Sketch of the medical history of the native army of Bombay, for the year
Year: 1875
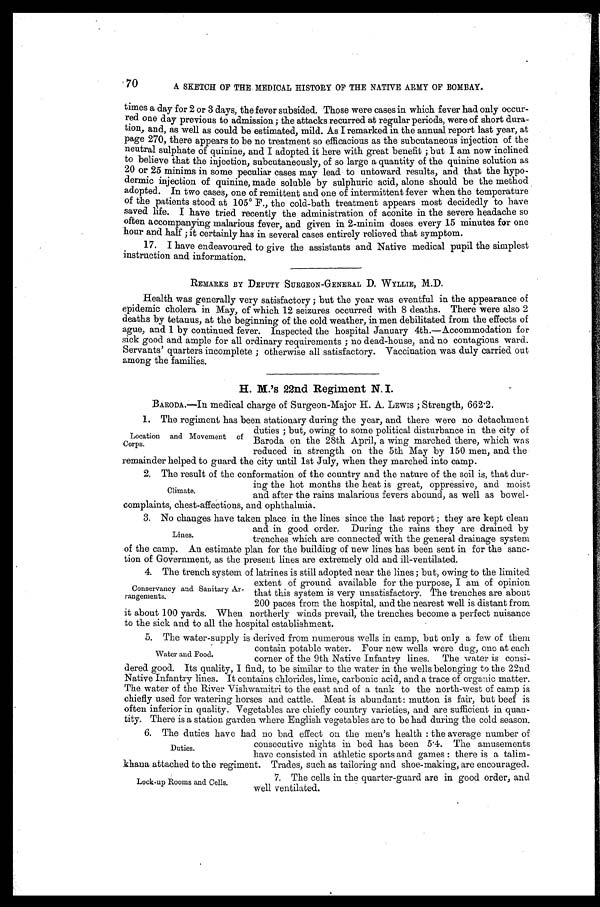
70
A SKETCH OF THE MEDICAL HISTORY OF THE NATIVE ARMY OF BOMBAY.
times a day for 2 or 3 days, the fever subsided. Those were cases in which fever had only occur--
red one day previous to admission; the attacks recurred at regular periods, were of short dura--
tion, and, as well as could be estimated, mild. As I remarked in the annual report last year, at
page 270, there appears to be no treatment so efficacious as the subcutaneous injection of the
neutral sulphate of quinine, and I adopted it here with great benefit; but I am now inclined
to believe that the injection, subcutaneously, of so large a quantity of the quinine solution as
20 or 25 minims in some peculiar cases may lead to untoward results, and that the hypo--
dermic injection of quinine, made soluble by sulphuric acid, alone should be the method
adopted. In two cases, one of remittent and one of intermittent fever when the temperature
of the patients stood at 105 0 F., the cold-bath treatment appears most decidedly to have
saved life. I have tried recently the administration of aconite in the severe headache so
often accompanying malarious fever, and given in 2-minim doses every 15 minutes for one
hour and half; it certainly has in several cases entirely relieved that symptom.
17. I have endeavoured to give the assistants and Native medical pupil the simplest
instruction and information.
REMARKS BY DEPUTY SURGEON-GENERAL D. WYLLIE, M.D.
Health was generally very satisfactory; but the year was eventful in the appearance of
epidemic cholera in May, of which 12 seizures occurred with 8 deaths. There were also 2
deaths by tetanus, at the beginning of the cold weather, in men debilitated from the effects of
ague, and 1 by continued fever. Inspected the hospital January 4th.—Accommodation for
sick good and ample for all ordinary requirements; no dead-house, and no contagious ward.
Servants' quarters incomplete; otherwise all satisfactory. Vaccination was duly carried out
among the families.
H. M.'s 22nd Regiment N.I.
BARODA.—In medical charge of Surgeon-Maior H. A. LEWIS; Strength, 662.2.
1. The regiment has been stationary during the year, and there were no detachment
duties; but, owing to some political disturbance in the city of
Baroda on the 28th April, a wing marched there, which was
reduced in strength on the 5th May by 150 men, and the
remainder helped to guard the city until 1st July. when they marched into camp.
2. The result of the conformation of the country and the nature of the soil is, that dur-
ing the hot months the heat is great, oppressive, and moist
and after the rains malarious fevers abound, as well as bowel
-complaints, chest-affections, and ophthalmia.
3. No changes have taken place in the lines since the last report; they are kept clean
and in good order. During the rains they are drained by
trenches which are connected with the general drainage system
of the camp. An estimate plan for the building of new lines has been sent in for the sanc--
tion of Government, as the present lines are extremely old and ill-ventilated.
1.
4. The trench system of latrines is still adopted near the lines; but, owing to the limited
extent of ground available for the purpose, I am of opinion
that this system is very unsatisfactory. The trenches are about
200 paces from the hospital, and the nearest well is distant from
it about 100 yards. When northerly winds prevail, the trenches become a perfect nuisance
to the sick and to all the hospital establishment.
5. The water-supply is derived from numerous wells in camp, but only a few of them
contain potable water. Four new wells were dug, one at each
corner of the 9th Native Infantry lines. The water is consi--
dered good. Its quality, I find, to be similar to the water in the wells belonging to the 22nd
Native Infantry lines. It contains chlorides, lime, carbonic acid, and a trace of organic matter.
The water of the River Vishwamitri to the east and of a tank to the north-west of camp is
chiefly used for watering horses and cattle. Meat is abundant: mutton is fair, but beef is
often inferior in quality. Vegetables are chiefly country varieties, and are sufficient in quan-
-tity. There is a station garden where English vegetables are to be had during the cold season.
6 . T h e d u t i e s h a v e h a d n o b a d e f f e c t o n t h e m e n ' s h e a l t h : t h e a v e r a g e n u m b e r o f
consecutive nights in bed has been 5.4. The amusements
have consisted in athletic sports and games: there is a talim
- k h a n a a t t a c h e d t o t h e r e g i m e n t . T r a de
s ,s
u c h a s t a i l o r i n g a n d s h o e - m a k i n g , a r e e n c o u r a g e d .
Location and Movement of
Carps.
Climate.
Lines.
Conservancy and Sanitary Ar--
rangements.
Water and Food.
Duties.
Lock-up Rooms and Cells.
7. The cells in the quarter-guard are in good order, and
well ventilated.